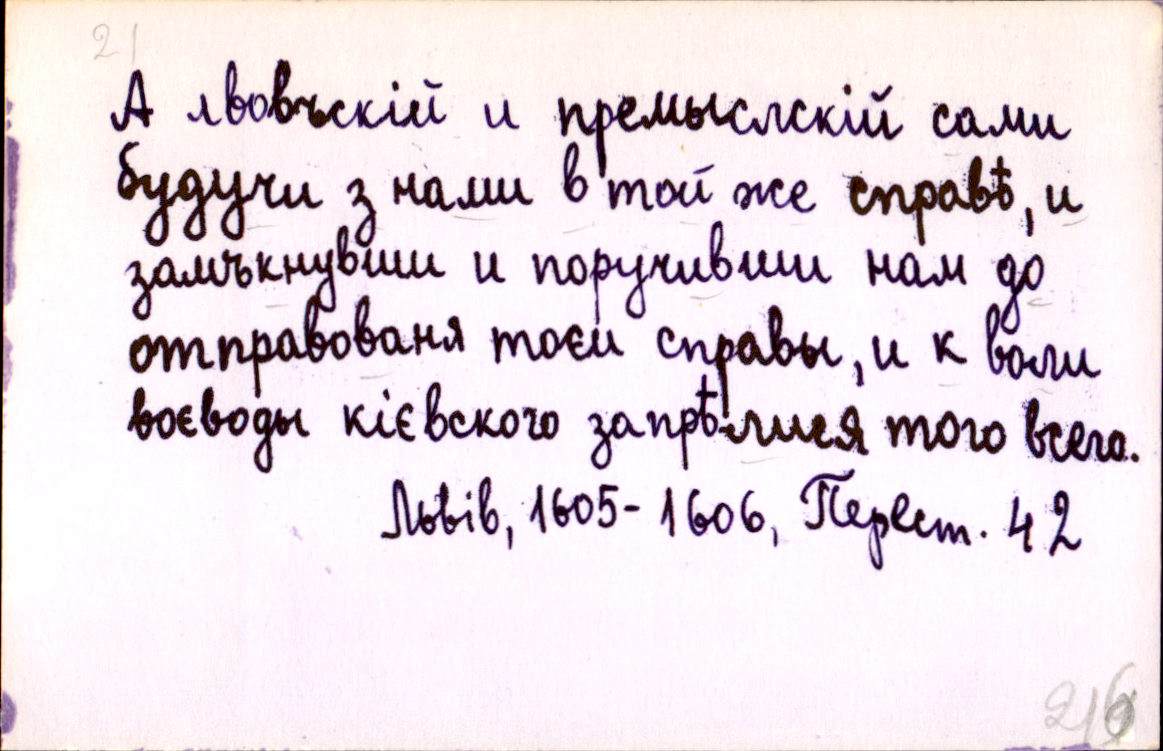
А лвовъскій и премыслскій сами
будучи з нами в той же справѣ, и
замъкнувши и поручивши нам до
отправованя тоєи справы, и к воли
воєводы кієвского запрѣлися того всего.
Львів, 1605-1606, Перест. 42